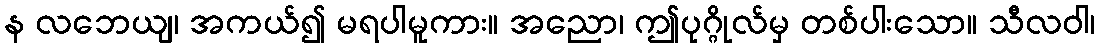
န လဘေယျ၊ အကယ်၍ မရပါမူကား။ အညော၊ ဤပုဂ္ဂိုလ်မှ တစ်ပါးသော။ သီလဝါ၊